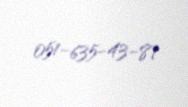
051-635-43-81